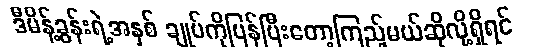
ဒီမိန့်ခွန်းရဲ့အနှစ် ချုပ်ကိုပြန်ပြီးတော့ကြည့်မယ်ဆိုလို့ရှိရင်